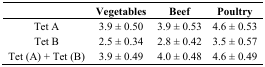
<table><thead><tr><td></td><td><b>Vegetables</b></td><td><b>Beef</b></td><td><b>Poultry</b></td></tr></thead><tbody><tr><td>Tet A</td><td>3.9 ± 0.50</td><td>3.9 ± 0.53</td><td>4.6 ± 0.53</td></tr><tr><td>Tet B</td><td>2.5 ± 0.34</td><td>2.8 ± 0.42</td><td>3.5 ± 0.57</td></tr><tr><td>Tet (A) + Tet (B)</td><td>3.9 ± 0.49</td><td>4.0 ± 0.48</td><td>4.6 ± 0.49</td></tr></tbody></table>